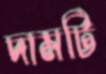
দামটি